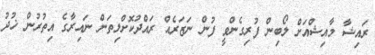
ރައިޝާ މާއިޝްއަށް ލޯބިން ފުރިގެންވީ ފުން ނަޒަރެއް ރައްދުކޮށްލިތަން ނައިރާގެ އިތުރުން ޚުދު